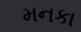
મનકા